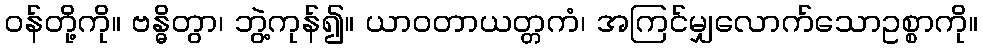
ဝန်တို့ကို။ ဗန္ဓိတွာ၊ ဘွဲ့ကုန်၍။ ယာဝတာယတ္တကံ၊ အကြင်မျှလောက်သောဥစ္စာကို။